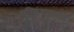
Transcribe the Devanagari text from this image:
मच्छिंद्रनाथहि